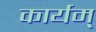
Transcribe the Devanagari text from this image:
कार्यम्